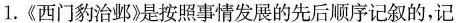
1.《西门豹治邺》是按照事情发展的先后顺序记叙的，记